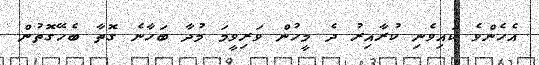
އެހެންވެ ކައިވެނި ކުރާއިރު ދެ މީހުން ވަރިވީމަ މުދާ ބަހާނެ ގޮތާ ބެހޭގޮތުން